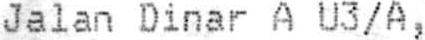
JALAN DINAR A U3/A,